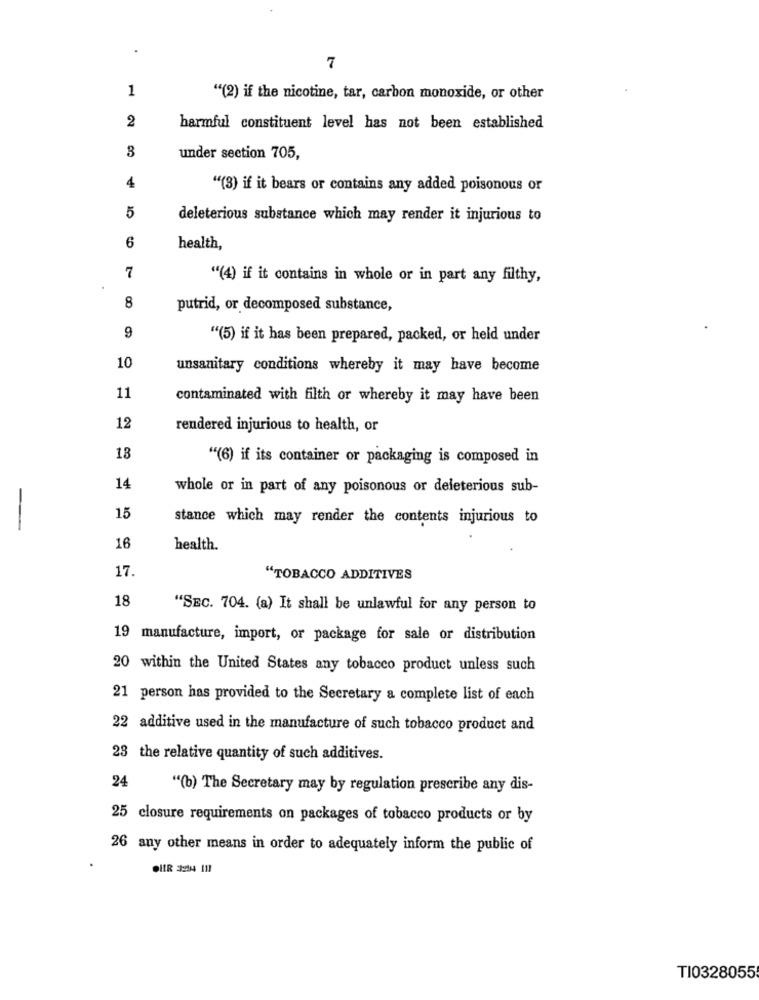
7
1
"(2) if the nicotine, tar, carbon monoxide, or other
2
harmful constituent level has not been established
3
under section 705,
4
"(3) if it bears or contains any added poisonous or
5
deleterious substance which may render it injurious to
6
health,
7
"(4) if it contains in whole or in part any filthy,
8
putrid, or decomposed substance,
9
""(5) if it has been prepared, packed, or held under
10
unsanitary conditions whereby it may have become
11
contaminated with filth or whereby it may have been
12
rendered injurious to health, or
13
"(6) if its container or packaging is composed in
14
whole or in part of any poisonous or deleterious sub-
-
15
stance which may render the contents injurious to
16
health.
17.
"TOBACCO ADDITIVES
18
"SEC. 704. (a) It shall be unlawful for any person to
19 manufacture, import, or package for sale or distribution
20 within the United States any tobacco product unless such
21 person has provided to the Secretary a complete list of each
22 additive used in the manufacture of such tobacco product and
23 the relative quantity of such additives.
24
"(b) The Secretary may by regulation prescribe any dis-
25 closure requirements on packages of tobacco products or by
26 any other means in order to adequately inform the public of
TI0328055